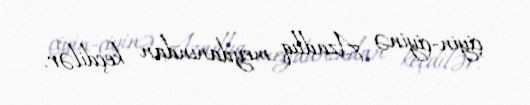
çiyin-çiyinə Azadlıq meydanından keçdilər.